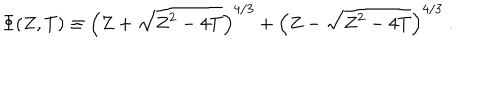
\Phi ( Z , T ) \equiv \left( Z + \sqrt { Z ^ { 2 } - 4 T } \right) ^ { 4 / 3 } + \left( Z - \sqrt { Z ^ { 2 } - 4 T } \right) ^ { 4 / 3 } \ .